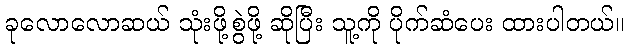
ခုလောလောဆယ် သုံးဖို့စွဲဖို့ ဆိုပြီး သူ့ကို ပိုက်ဆံပေး ထားပါတယ်။